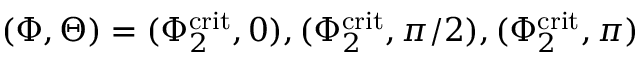
( \Phi , \Theta ) = ( \Phi _ { 2 } ^ { \mathrm { c r i t } } , 0 ) , ( \Phi _ { 2 } ^ { \mathrm { c r i t } } , \pi / 2 ) , ( \Phi _ { 2 } ^ { \mathrm { c r i t } } , \pi )